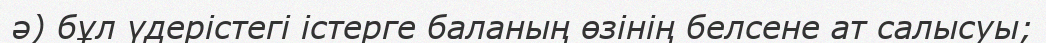
ә) бұл үдерістегі істерге баланың өзінің белсене ат салысуы;